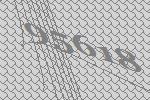
95618